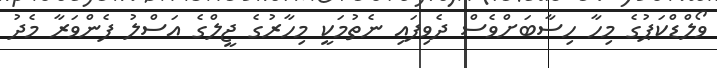
ވޯލްޑްކަޕުގެ މިހާ ހިިސާބަށްވެސް ދެވިފައި ނެތުމަކީ މިހާރުގެ ޖީލްގެ އަސްލު ފެންވަރާ މެދު